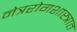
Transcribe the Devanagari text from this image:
नेत्ररोगशास्त्रात